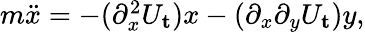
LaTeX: \begin{array}{r}{m\ddot{x}=-(\partial_{x}^{2}U_{\mathbf{t}})x-(\partial_{x}\partial_{y}U_{\mathbf{t}})y,}\end{array}